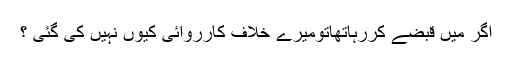
اگر میں قبضے کررہاتھاتومیرے خلاف کارروائی کیوں نہیں کی گئی ؟